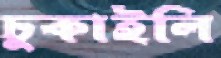
চুকাইলি